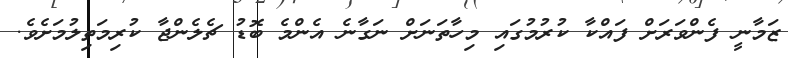
ޒަމާނީ ފެންވަރަށް ފައްކާ ކުރުމުގައި މިހާތަނަށް ނަގާނެ އެންމެ ބޮޑު ޗެލެންޖާ ކުރިމަތިލުމަށެވެ.